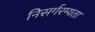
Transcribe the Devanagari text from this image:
निसर्गरम्यता